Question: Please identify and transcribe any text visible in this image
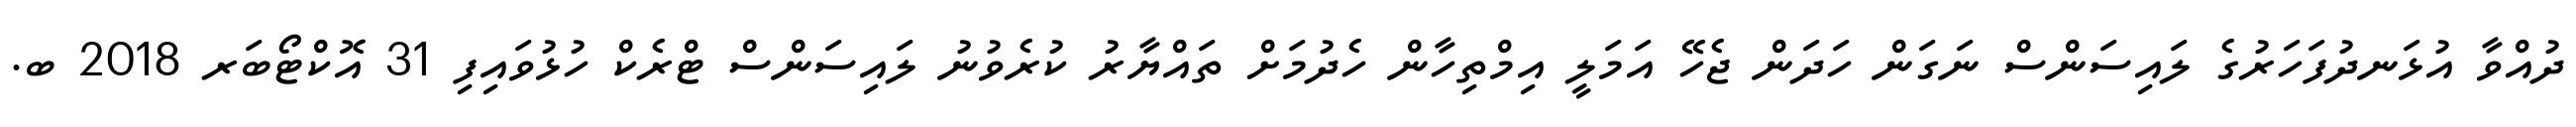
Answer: ދުއްވާ އުޅަނދުފަހަރުގެ ލައިސަންސް ނަގަން ހަދަން ޖެހޭ އަމަލީ އިމްތިހާން ހެދުމަށް ތައްޔާރު ކުރެވުނު ލައިސަންސް ޓްރެކް ހުޅުވައިފި 31 އޮކްޓޯބަރ 2018 ބ.